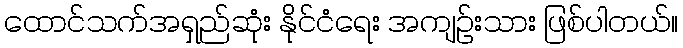
ထောင်သက်အရှည်ဆုံး နိုင်ငံရေး အကျဉ်းသား ဖြစ်ပါတယ်။